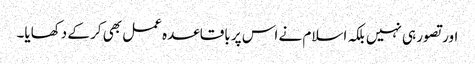
اور تصور ہی نہیں بلکہ اسلام نے اس پر باقاعدہ عمل بھی کر کے دکھایا۔